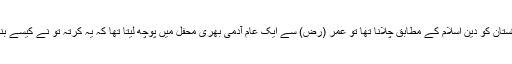
اگر اس کا مطلب پاکستان کو دین اسلام کے مطابق چلانا تھا تو عمر (رض) سے ایک عام آدمی بھری محفل میں پوچھ لیتا تھا کہ یہ کرتہ تو نے کیسے بنا لیا ایک چادر سے؟